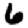
Digit: 6